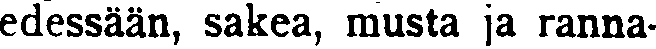
edessään, sakea, musta ja ranna-